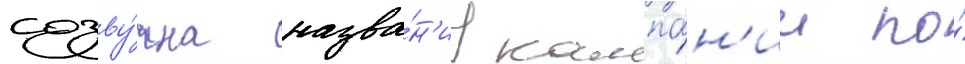
созву́чна назва́н'иу кампа́н'ии по́